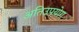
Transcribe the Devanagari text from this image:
अतिउपयोग